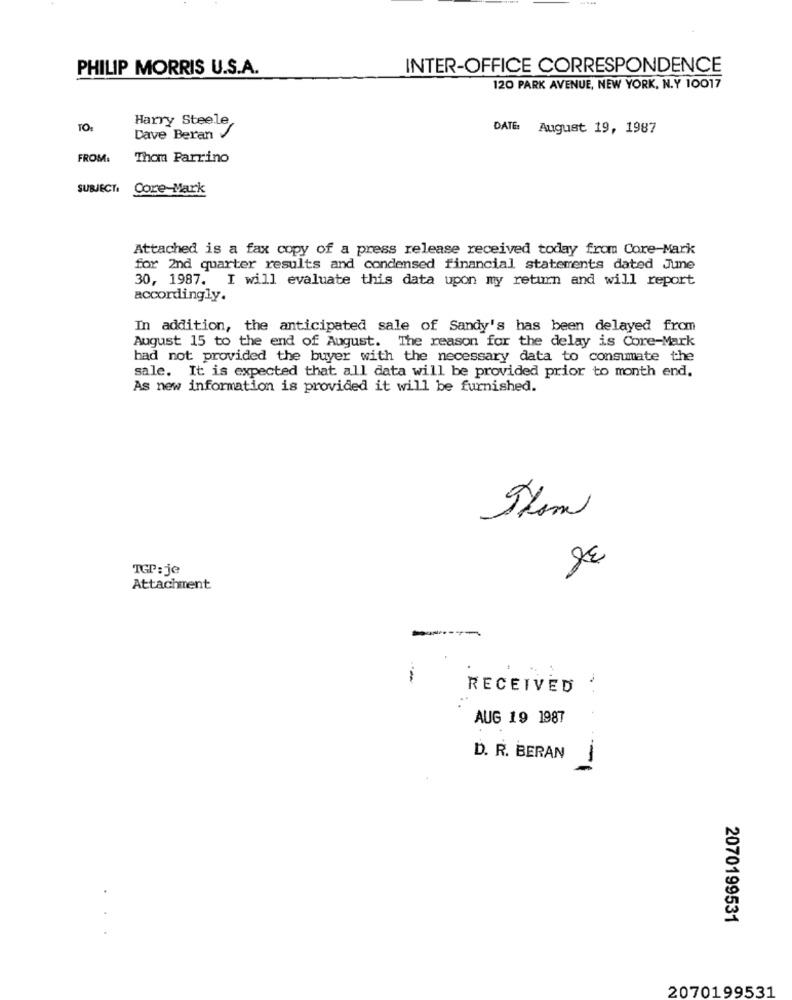
PHILIP MORRIS U.S.A.
INTER-OFFICE CORRESPONDENCE
120 PARK AVENUE, NEW YORK, N.Y 10017
Harry Steele
TO:
DATE:
August 19, 1987
Dave Beran
FROM:
Thom Parrino
SUBJECT:
Core-Mark
Attached is a fax copy of a press release received today from Core-Mark
for 2nd quarter results and condensed financial statements dated June
30, 1987. I will evaluate this data upon my return and will report
accordingly.
In addition, the anticipated sale of Sandy's has been delayed from
August 15 to the end of August. The reason for the delay is Core-Mark
had not provided the buyer with the necessary data to consumate the
sale. It is expected that all data will be provided prior to month end.
As new information is provided it will be furnished.
TGP: je
Attachment
----
--
RECEIVED
AUG 19 1987
D. R. BERAN
-
2070199531
2070199531